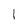
Character: 1